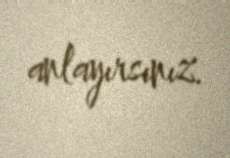
anlayırsınız.